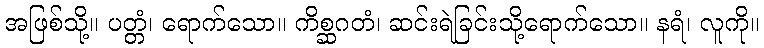
အဖြစ်သို့။ ပတ္တံ၊ ရောက်သော။ ကိစ္ဆဂတံ၊ ဆင်းရဲခြင်းသို့ရောက်သော။ နရံ၊ လူကို။